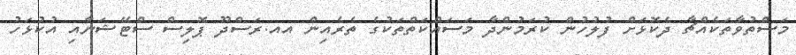
މަސްތުވާތަކެއްޗާ ދެކޮޅަށް ފުލުހުން ކުރަމުންދާ މަސައްކަތްތަކުގެ ތެރެއިން އއ.ރަސްދޫ ޕޮލިސް ސްޓޭޝަނާއި އުކުޅަހު